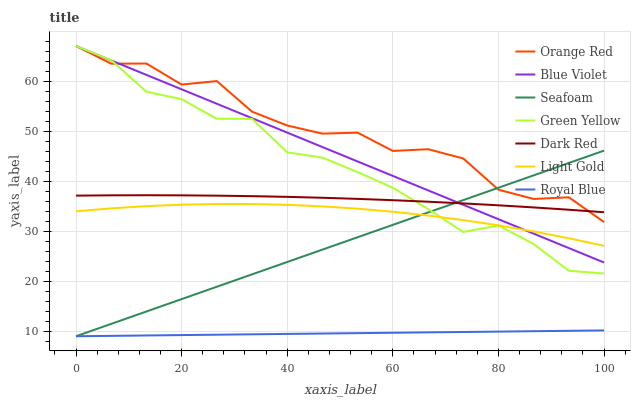
| xaxis_label | Orange Red | Blue Violet | Seafoam | Green Yellow | Dark Red | Light Gold | Royal Blue |
 | --- | --- | --- | --- | --- | --- | --- | --- |
 | 0 | 67 | 67 | 9 | 67 | 37.1 | 34 | 9 |
 | 6.67 | 63.5 | 64.1 | 11.5 | 64.2 | 37.2 | 34.6 | 9.08 |
 | 13.3 | 63.5 | 61.2 | 13.9 | 57.9 | 37.2 | 35 | 9.16 |
 | 20 | 59.3 | 58.3 | 16.4 | 56.4 | 37.2 | 35.3 | 9.23 |
 | 26.7 | 60 | 55.5 | 18.9 | 52.5 | 37.1 | 35.4 | 9.31 |
 | 33.3 | 53.9 | 52.6 | 21.4 | 52.5 | 37 | 35.4 | 9.39 |
 | 40 | 51.1 | 49.7 | 23.8 | 45.8 | 36.9 | 35.3 | 9.47 |
 | 46.7 | 49.5 | 46.8 | 26.3 | 44.7 | 36.7 | 35 | 9.54 |
 | 53.3 | 49.7 | 43.9 | 28.8 | 41.8 | 36.5 | 34.5 | 9.62 |
 | 60 | 46 | 41 | 31.3 | 38.7 | 36.2 | 33.9 | 9.7 |
 | 66.7 | 46.4 | 38.2 | 33.7 | 34.4 | 35.9 | 33.1 | 9.78 |
 | 73.3 | 44.5 | 35.3 | 36.2 | 29.8 | 35.5 | 32.2 | 9.85 |
 | 80 | 38.3 | 32.4 | 38.7 | 31.1 | 35.2 | 31.2 | 9.93 |
 | 86.7 | 36.4 | 29.5 | 41.2 | 27.4 | 34.7 | 29.9 | 10 |
 | 93.3 | 36.8 | 26.6 | 43.6 | 22.1 | 34.3 | 28.6 | 10.1 |
 | 100 | 31.8 | 23.7 | 46.1 | 21.5 | 33.8 | 27.1 | 10.2 |